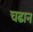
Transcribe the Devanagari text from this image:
चढान